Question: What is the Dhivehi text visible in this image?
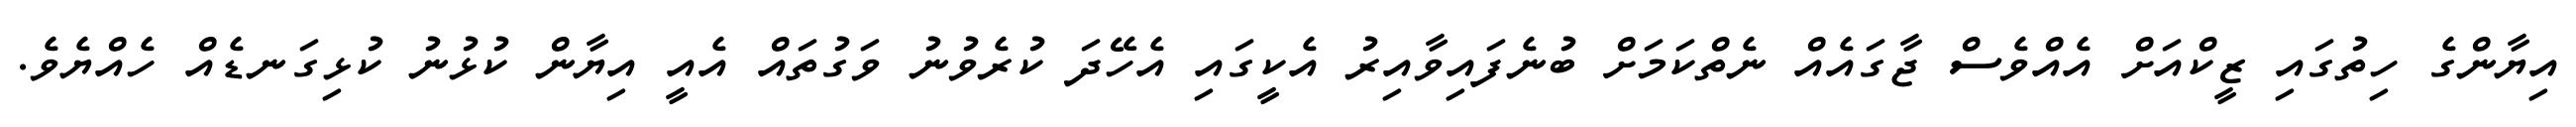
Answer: އިޔާންގެ ހިތުގައި ޒީކްއަށް އެއްވެސް ޖާގައެއް ނެތްކަމަށް ބުނެފައިވާއިރު އެކީގައި އެހޭދަ ކުރެވުނު ވަގުތައް އެއީ އިޔާން ކުޅުނު ކުޅިގަނޑެއް ހެއްޔެވެ.